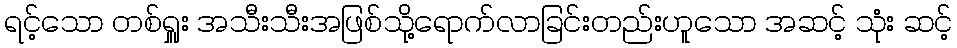
ရင့်သော တစ်ရှူး အသီးသီးအဖြစ်သို့ရောက်လာခြင်းတည်းဟူသော အဆင့် သုံး ဆင့်